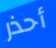
أحذر